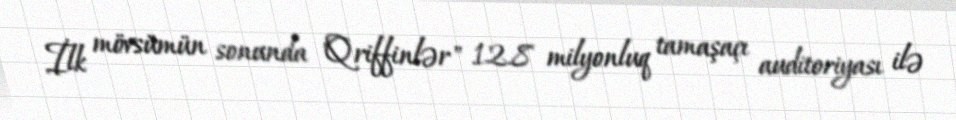
İlk mövsümün sonunda "Qriffinlər" 12.8 milyonluq tamaşaçı auditoriyası ilə